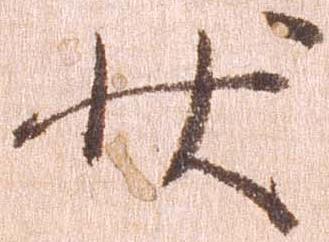
状